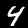
Label: 4